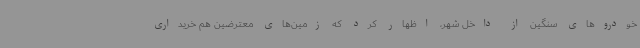
خودروهای سنگین از داخل شهر، اظهار کرد که زمین‌های معترضین هم خریداری